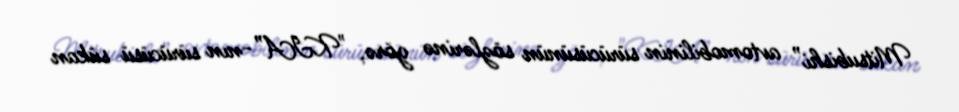
Mitsubishi” avtomobilinin sürücüsünün sözlərinə görə, "KIA”-nın sürücüsü sükan